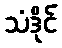
သံဒိုင်